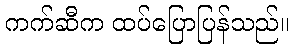
ကက်ဆီက ထပ်ပြောပြန်သည်။